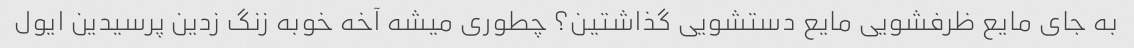
به جای مایع ظرفشویی مایع دستشویی گذاشتین؟ چطوری میشه آخه خوبه زنگ زدین پرسیدین ایول